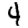
Digit: 4